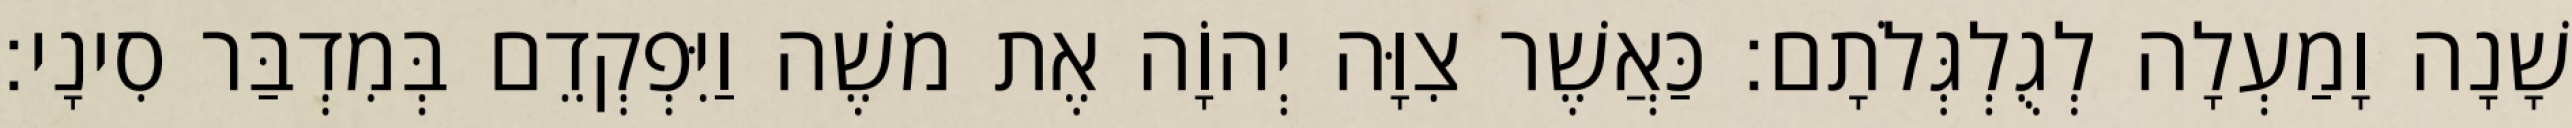
שָׁנָה וָמַעְלָה לְגֻלְגְּלֹתָם׃ כַּאֲשֶׁר צִוָּה יְהוָֹה אֶת משֶׁה וַיִּפְקְדֵם בְּמִדְבַּר סִינָי׃